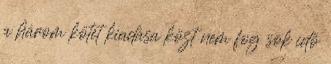
a három kötet kiadása közt nem fog sok idő